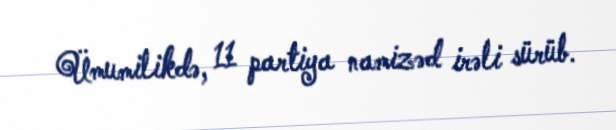
Ümumilikdə, 11 partiya namizəd irəli sürüb.